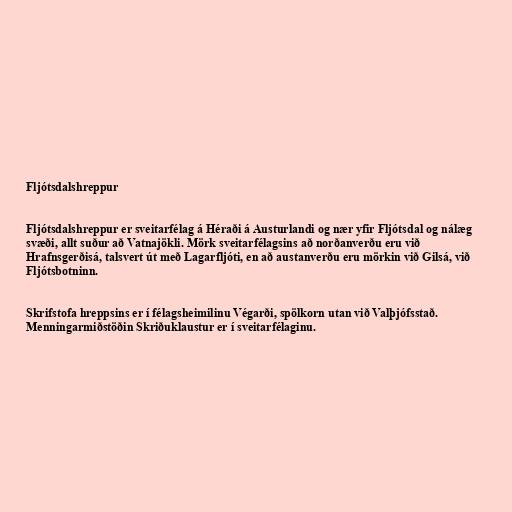
Fljótsdalshreppur

Fljótsdalshreppur er sveitarfélag á Héraði á Austurlandi og nær yfir Fljótsdal og nálæg
svæði, allt suður að Vatnajökli. Mörk sveitarfélagsins að norðanverðu eru við
Hrafnsgerðisá, talsvert út með Lagarfljóti, en að austanverðu eru mörkin við Gilsá, við
Fljótsbotninn.

Skrifstofa hreppsins er í félagsheimilinu Végarði, spölkorn utan við Valþjófsstað.
Menningarmiðstöðin Skriðuklaustur er í sveitarfélaginu.